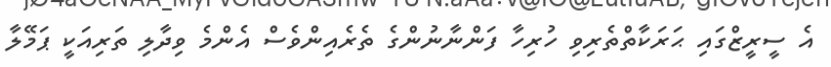
އެ ސީރީޒްގައި ޙަރަކާތްތެރިވި ހުރިހާ ފަންނާނުންގެ ތެރެއިންވެސް އެންމެ ވިދާލި ތަރިއަކީ ޕަމޭލާ